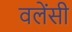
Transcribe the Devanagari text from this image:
वलेंसी